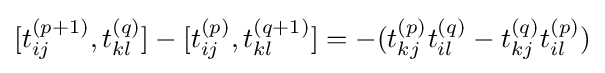
[t_{ij}^{(p+1)},t_{kl}^{(q)}]-[t_{ij}^{(p)},t_{kl}^{(q+1)}]=-(t_{kj}^{(p)}t_{il}^{(q)}-t_{kj}^{(q)}t_{il}^{(p)})